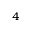
_ 4